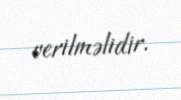
verilməlidir.